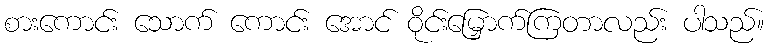
စားကောင်း သောက် ကောင်း အောင် ဝိုင်းမြှောက်ကြတာလည်း ပါသည်။